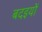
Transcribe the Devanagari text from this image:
बदइयों